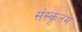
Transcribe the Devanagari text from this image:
संस्कृतम